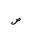
Letter: _sad